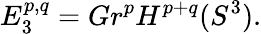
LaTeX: E_{3}^{p,q}=Gr^{p}H^{p+q}(S^{3}).